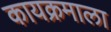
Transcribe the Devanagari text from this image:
कायक्रमाला